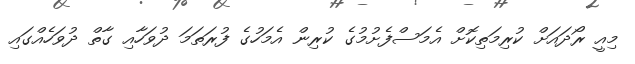
މިއީ ރޯދައަށް ކުރިމަތިކޮށް އެމަސްފެށުމުގެ ކުރިން އެމަހުގެ ފުރަތަމަ ދުވަހާއި ގާތް ދުވަހެއްގައި